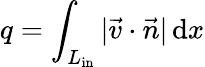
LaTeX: q=\int_{L_{\textrm{in}}}|\vec{v}\cdot\vec{n}|\, {\textrm{d}}x